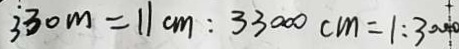
3 3 0 m = 1 1 c m : 3 3 0 0 0 c m = 1 : 3 0 0 0